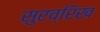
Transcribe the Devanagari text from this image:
सुरव्रिख